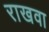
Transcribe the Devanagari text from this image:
राखवा